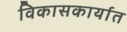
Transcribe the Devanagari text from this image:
विकासकार्यात